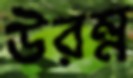
উরম্ন